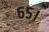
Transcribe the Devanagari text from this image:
६५।